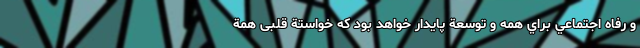
و رفاه اجتماعي براي همه و توسعة پايدار خواهد بود که خواستة قلبی همة